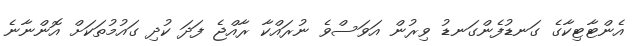
އެންޓާޓިކާގެ ގަނޑުފެންގަނޑު ވިރުން އަވަސްވެ ނުރައްކާ ރާއްޖެ ފަދަ ކުދި ގައުމުތަކަށް އޮންނާނެ